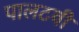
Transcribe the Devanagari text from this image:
पालटवी